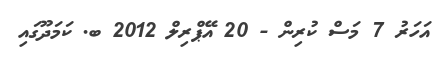
އަހަރު 7 މަސް ކުރިން - 20 އޭޕްރިލް 2012 ބ. ކަމަދޫގައި